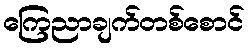
ကြေညာချက်တစ်စောင်